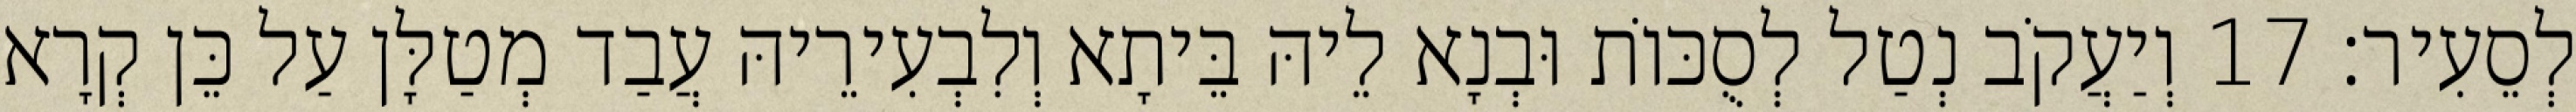
לְסֵעִיר׃ 17 וְיַעֲקֹב נְטַל לְסֻכּוֹת וּבְנָא לֵיהּ בֵּיתָא וְלִבְעִירֵיהּ עֲבַד מְטַלָּן עַל כֵּן קְרָא